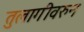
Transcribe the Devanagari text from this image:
तुलागीवरुन